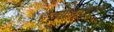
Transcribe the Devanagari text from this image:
हैंज्योतिषशास्त्र